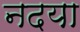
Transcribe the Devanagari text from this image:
नदया